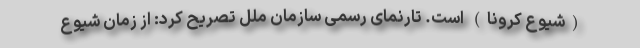
(شیوع کرونا) است. تارنمای رسمی سازمان ملل تصریح کرد: از زمان شیوع